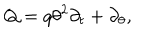
Q = q \theta ^ { 2 } \partial _ { t } + \partial _ { \theta } ,